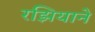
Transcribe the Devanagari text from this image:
रझियाने